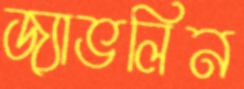
জ্যাভলিন